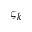
\varsigma _ { k }